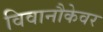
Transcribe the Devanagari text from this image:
विवानौकेवर